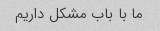
ما با باب مشکل داریم